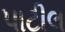
પાટીલ